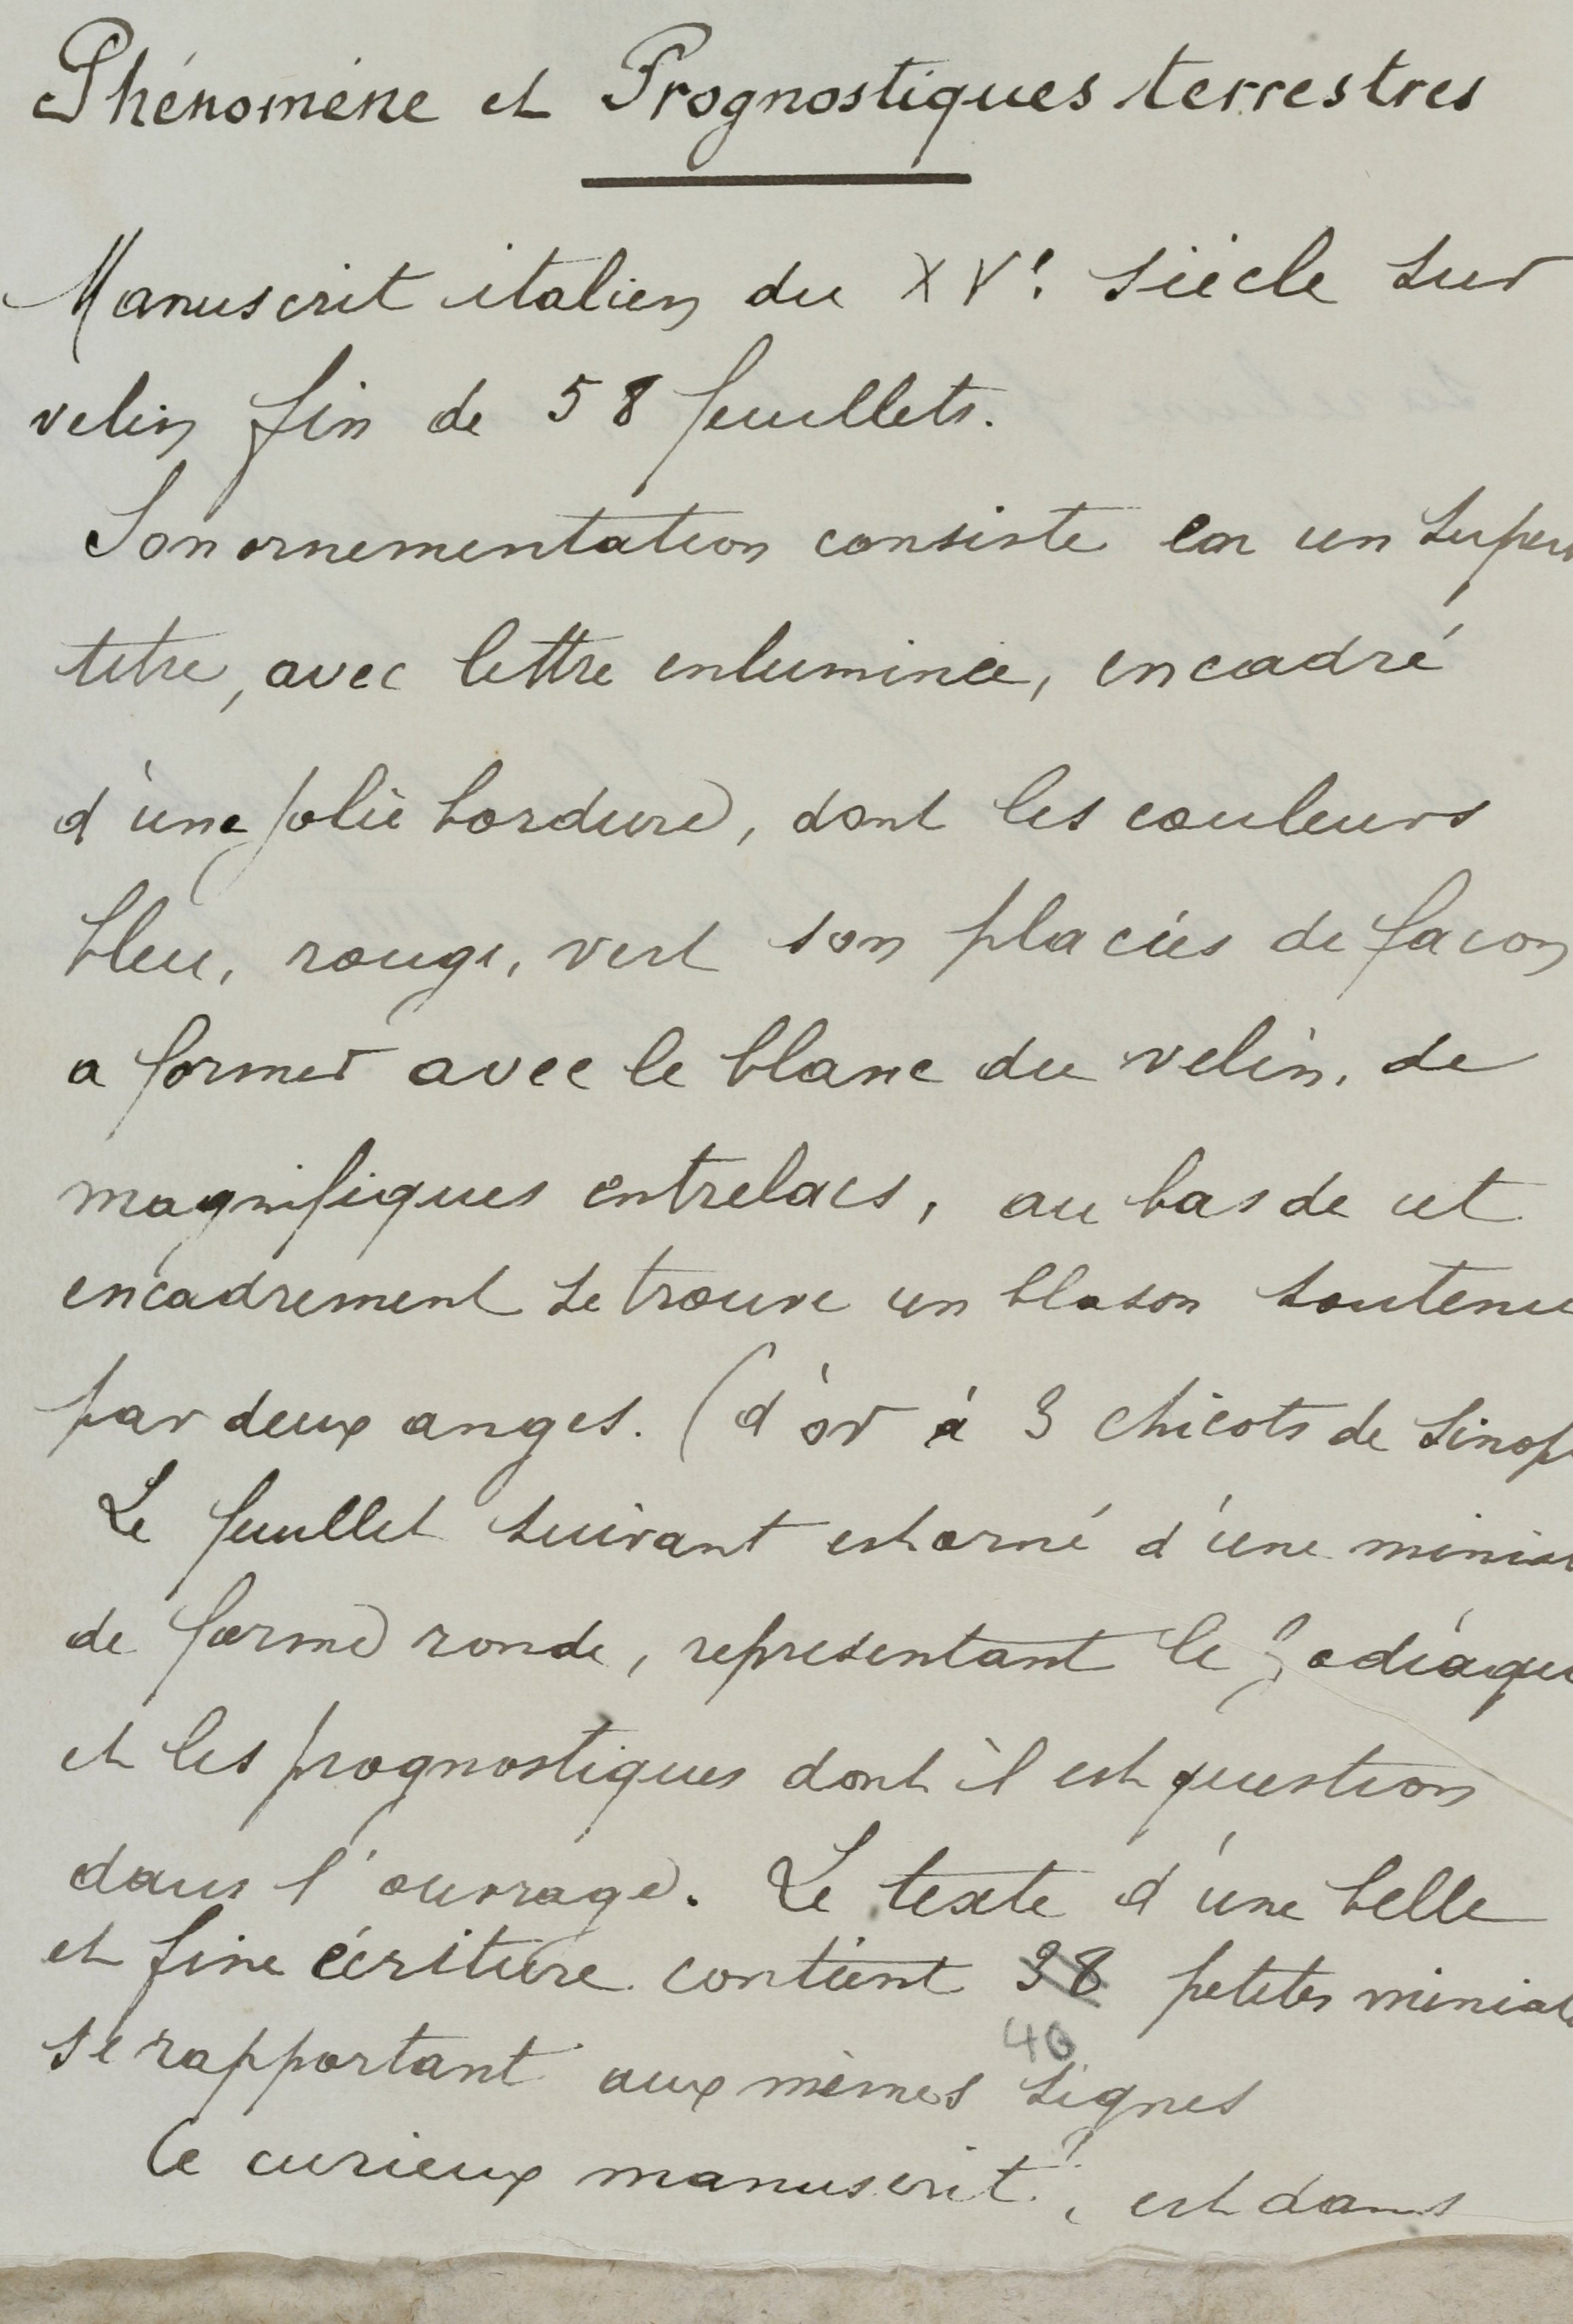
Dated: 1400–1499